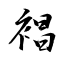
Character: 裮